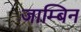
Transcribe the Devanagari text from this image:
जाम्बिन